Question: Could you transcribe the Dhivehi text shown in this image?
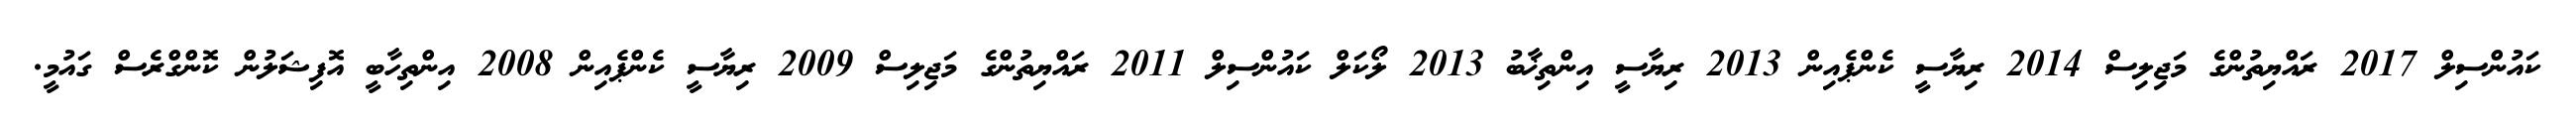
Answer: ކައުންސިލް 2017 ރައްޔިތުންގެ މަޖިލިސް 2014 ރިޔާސީ ކެންޕެއިން 2013 ރިޔާސީ އިންތިޚާބު 2013 ލޯކަލް ކައުންސިލް 2011 ރައްޔިތުންގެ މަޖިލިސް 2009 ރިޔާސީ ކެންޕެއިން 2008 އިންތިހާބީ އޮފިޝަލުން ކޮންގްރެސް ގައުމީ.